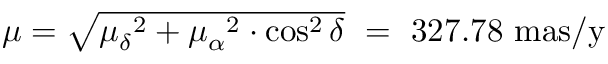
\begin{array} { l } { \mu = { \sqrt { { \mu _ { \delta } } ^ { 2 } + { \mu _ { \alpha } } ^ { 2 } \cdot \cos ^ { 2 } \delta } } \ = \ 3 2 7 . 7 8 \ { \mathrm { m a s / y } } } \end{array}